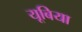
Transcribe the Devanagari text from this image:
यूबिया